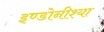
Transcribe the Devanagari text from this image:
इण्डोनीश्या